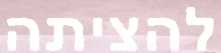
להציתה